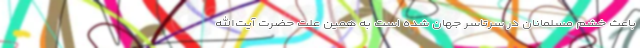
باعث خشم مسلمانان در سرتاسر جهان شده است به همین علت حضرت آیت‌الله